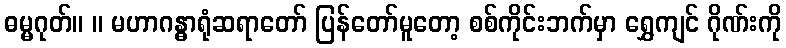
ဓမ္မဂုတ်။ ။ မဟာဂန္ဓာရုံဆရာတော် ပြန်တော်မူတော့ စစ်ကိုင်းဘက်မှာ ရွှေကျင် ဂိုဏ်းကို